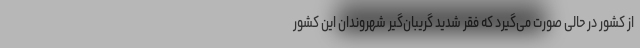
از کشور در حالی صورت می‌گیرد که فقر شدید گریبان‌گیر شهروندان این کشور